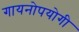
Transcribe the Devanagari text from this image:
गायनोपयोगी